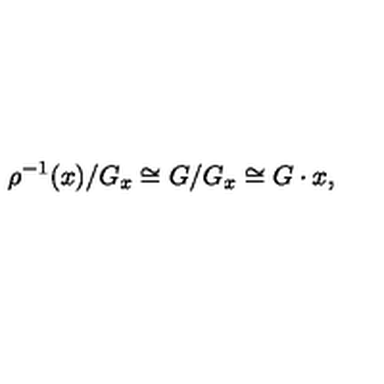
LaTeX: \rho ^ { - 1 } ( x ) / G _ { x } \cong G / G _ { x } \cong G \cdot x ,